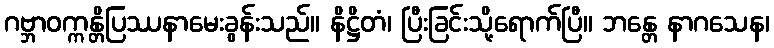
ဂဗ္ဘာဝက္ကန္တိပြဿနာမေးခွန်းသည်။ နိဋ္ဌိတံ၊ ပြီးခြင်းသို့ရောက်ပြီ။ ဘန္တေ နာဂသေန၊